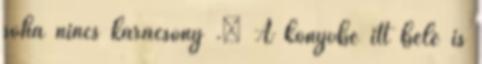
soha nincs karácsony .” A könyvbe itt bele is